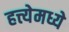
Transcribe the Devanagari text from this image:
हत्त्येमध्ये